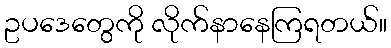
ဥပဒေတွေကို လိုက်နာနေကြရတယ်။